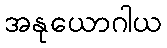
အနုယောဂါယ